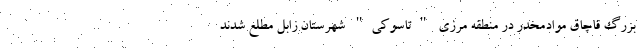
بزرگ قاچاق موادمخدر در منطقه مرزی "تاسوکی" شهرستان زابل مطلع شدند